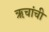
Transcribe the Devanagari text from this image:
ऋचांची